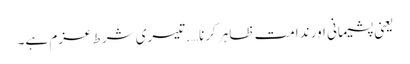
یعنی پشیمانی اور ندامت ظاہر کرنا….تیسری شرط عزم ہے۔